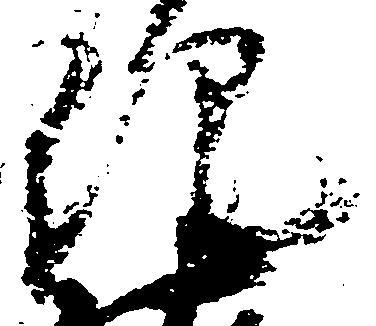
紀